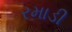
રમાડી